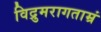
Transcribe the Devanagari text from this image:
विद्रुमरागताम्रं